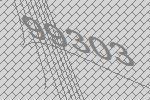
99303